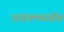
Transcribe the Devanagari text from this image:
एरंडवण्यातील